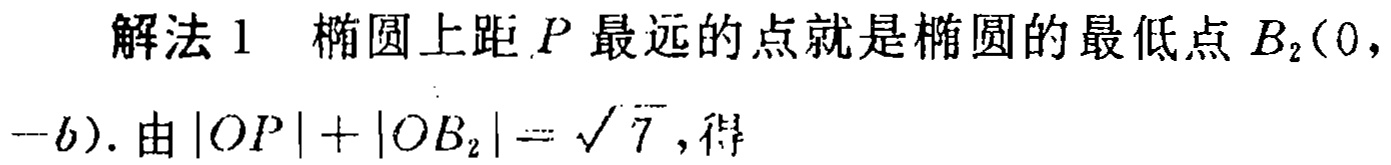
解法 1 椭圆上距 \(P\) 最远的点就是椭圆的最低点 \(B_{2}(0,\)
\(-b)\). 由 \(|OP| + |OB_{2}|=\sqrt{7}\), 得